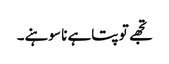
تجھے تو پتاہے نا سوہنے۔